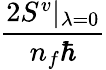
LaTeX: \frac{2S^{v}\vert_{\lambda=0}}{n_{f}\hbar}